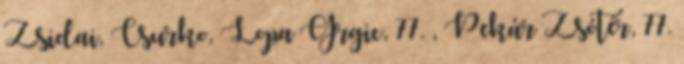
Zsidai, Csurko, Lopa Grgic, 77. , Pekár Zsótér, 77.